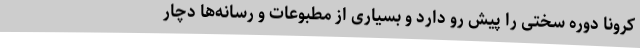
کرونا دوره سختی را پیش رو دارد و بسیاری از مطبوعات و رسانه‌ها دچار